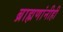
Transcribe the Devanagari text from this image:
ब्राह्मणांनीही